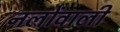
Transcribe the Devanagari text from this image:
नलोंवाली